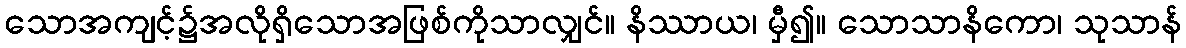
သောအကျင့်၌အလိုရှိသောအဖြစ်ကိုသာလျှင်။ နိဿာယ၊ မှီ၍။ သောသာနိကော၊ သုသာန်